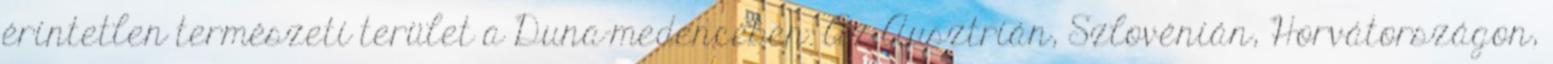
érintetlen természeti terület a Duna-medencében. Az Ausztrián, Szlovénián, Horvátországon,